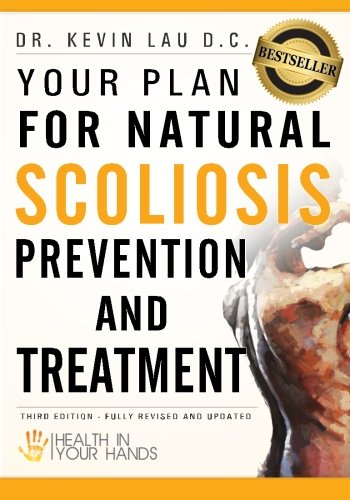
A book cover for Your Plan for Natural Scoliosis Prevention and Treatment: Health In Your Hands, 3rd Edition; Kevin Lau; Health, Fitness & Dieting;